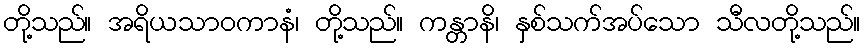
တို့သည်။ အရိယသာဝကာနံ၊ တို့သည်။ ကန္တာနိ၊ နှစ်သက်အပ်သော သီလတို့သည်။